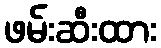
ဖမ်းဆီးထား